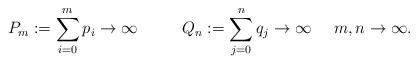
LaTeX: \begin{align*}P_{m}:=\sum_{i=0}^{m} p_{i}\to\infty\,\,\,\,\,\,\,\,\,\,\,\,\,\,\,\,Q_{n}:=\sum_{j=0}^{n} q_{j}\to\infty\,\,\,\,\,\,\,\,m, n\to\infty.\end{align*}